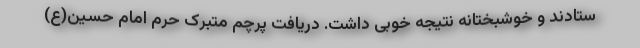
ستادند و خوشبختانه نتیجه خوبی داشت. دریافت پرچم متبرک حرم امام حسین(ع)